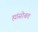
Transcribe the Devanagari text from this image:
ह्यांसोबत